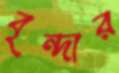
বৃন্দার